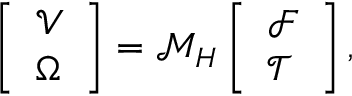
\left[ \begin{array} { l } { \boldsymbol { \mathcal { V } } } \\ { \boldsymbol { { \Omega } } } \end{array} \right] = \boldsymbol { \mathcal { M } } _ { H } \left[ \begin{array} { l } { \boldsymbol { \mathcal { F } } } \\ { \boldsymbol { \mathcal { T } } } \end{array} \right] ,